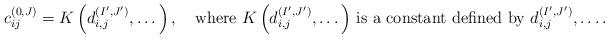
LaTeX: \begin{align*}c^{\left(0,J\right)}_{ij}=K\left(d^{\left(I',J'\right)}_{i,j},\dots\right),\quad\mbox{where $K\left(d^{\left(I',J'\right)}_{i,j},\dots\right)$ is a constant defined by $d^{\left(I',J'\right)}_{i,j},\dots$.}\end{align*}